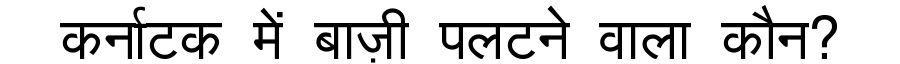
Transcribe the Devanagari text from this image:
कर्नाटक में बाज़ी पलटने वाला कौन?